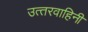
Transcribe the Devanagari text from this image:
उत्‍तरवाहिनी